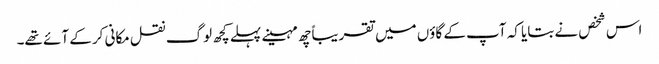
اس شخص نے بتایا کہ آپ کے گاؤں میں تقریباًچھ مہینے پہلے کچھ لوگ نقل مکانی کر کے آئے تھے۔